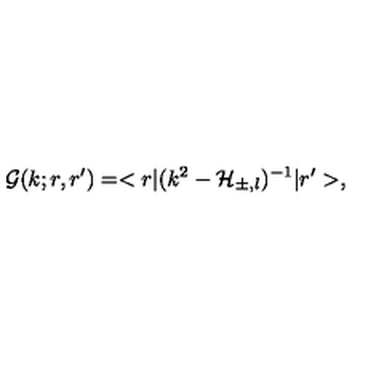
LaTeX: \mathcal { G } ( k ; r , r ^ { \prime } ) = < r | ( k ^ { 2 } - \mathcal { H } _ { \pm , l } ) ^ { - 1 } | r ^ { \prime } > ,